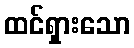
ထင်ရှားသော